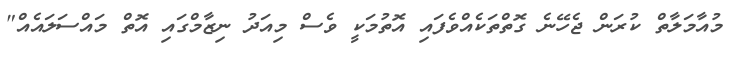
މުއާމަލާތް ކުރަން ޖެހޭނެ ގޮތްތަކެއްވެފައި އޮތުމަކީ ވެސް މިއަދު ނިޒާމްގައި އޮތް މައްސަލައެއް"